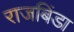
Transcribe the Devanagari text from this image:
राजबिंडा